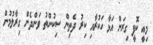
މިއީ ކޮފީ ގިރަން އަޅާ ހަކުރާއި ކިރު ދެތިން ސިކުންތު ވަންދެން ގިރާލުމުން